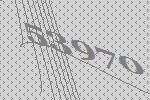
53970